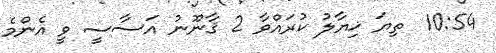
10:54  ތިޔަ ޚިޔާލު ކުރައްވާ 2 ޤާނޫނު އަސާސީ ވީ އެންމެ